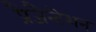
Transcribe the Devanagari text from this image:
प्रैजैन्टेशन